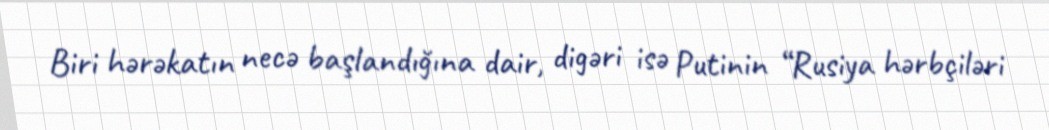
Biri hərəkatın necə başlandığına dair, digəri isə Putinin “Rusiya hərbçiləri